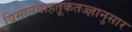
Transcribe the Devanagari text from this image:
विमानवाहतूकतज्ज्ञानुसार